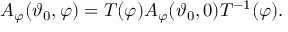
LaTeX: A _ { \varphi } ( \vartheta _ { 0 } , \varphi ) = T ( \varphi ) A _ { \varphi } ( \vartheta _ { 0 } , 0 ) T ^ { - 1 } ( \varphi ) .